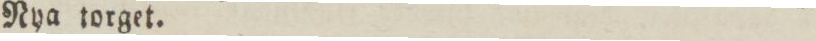
Nya torget.